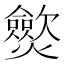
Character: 𤒡